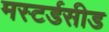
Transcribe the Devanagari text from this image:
मस्टर्डसीड